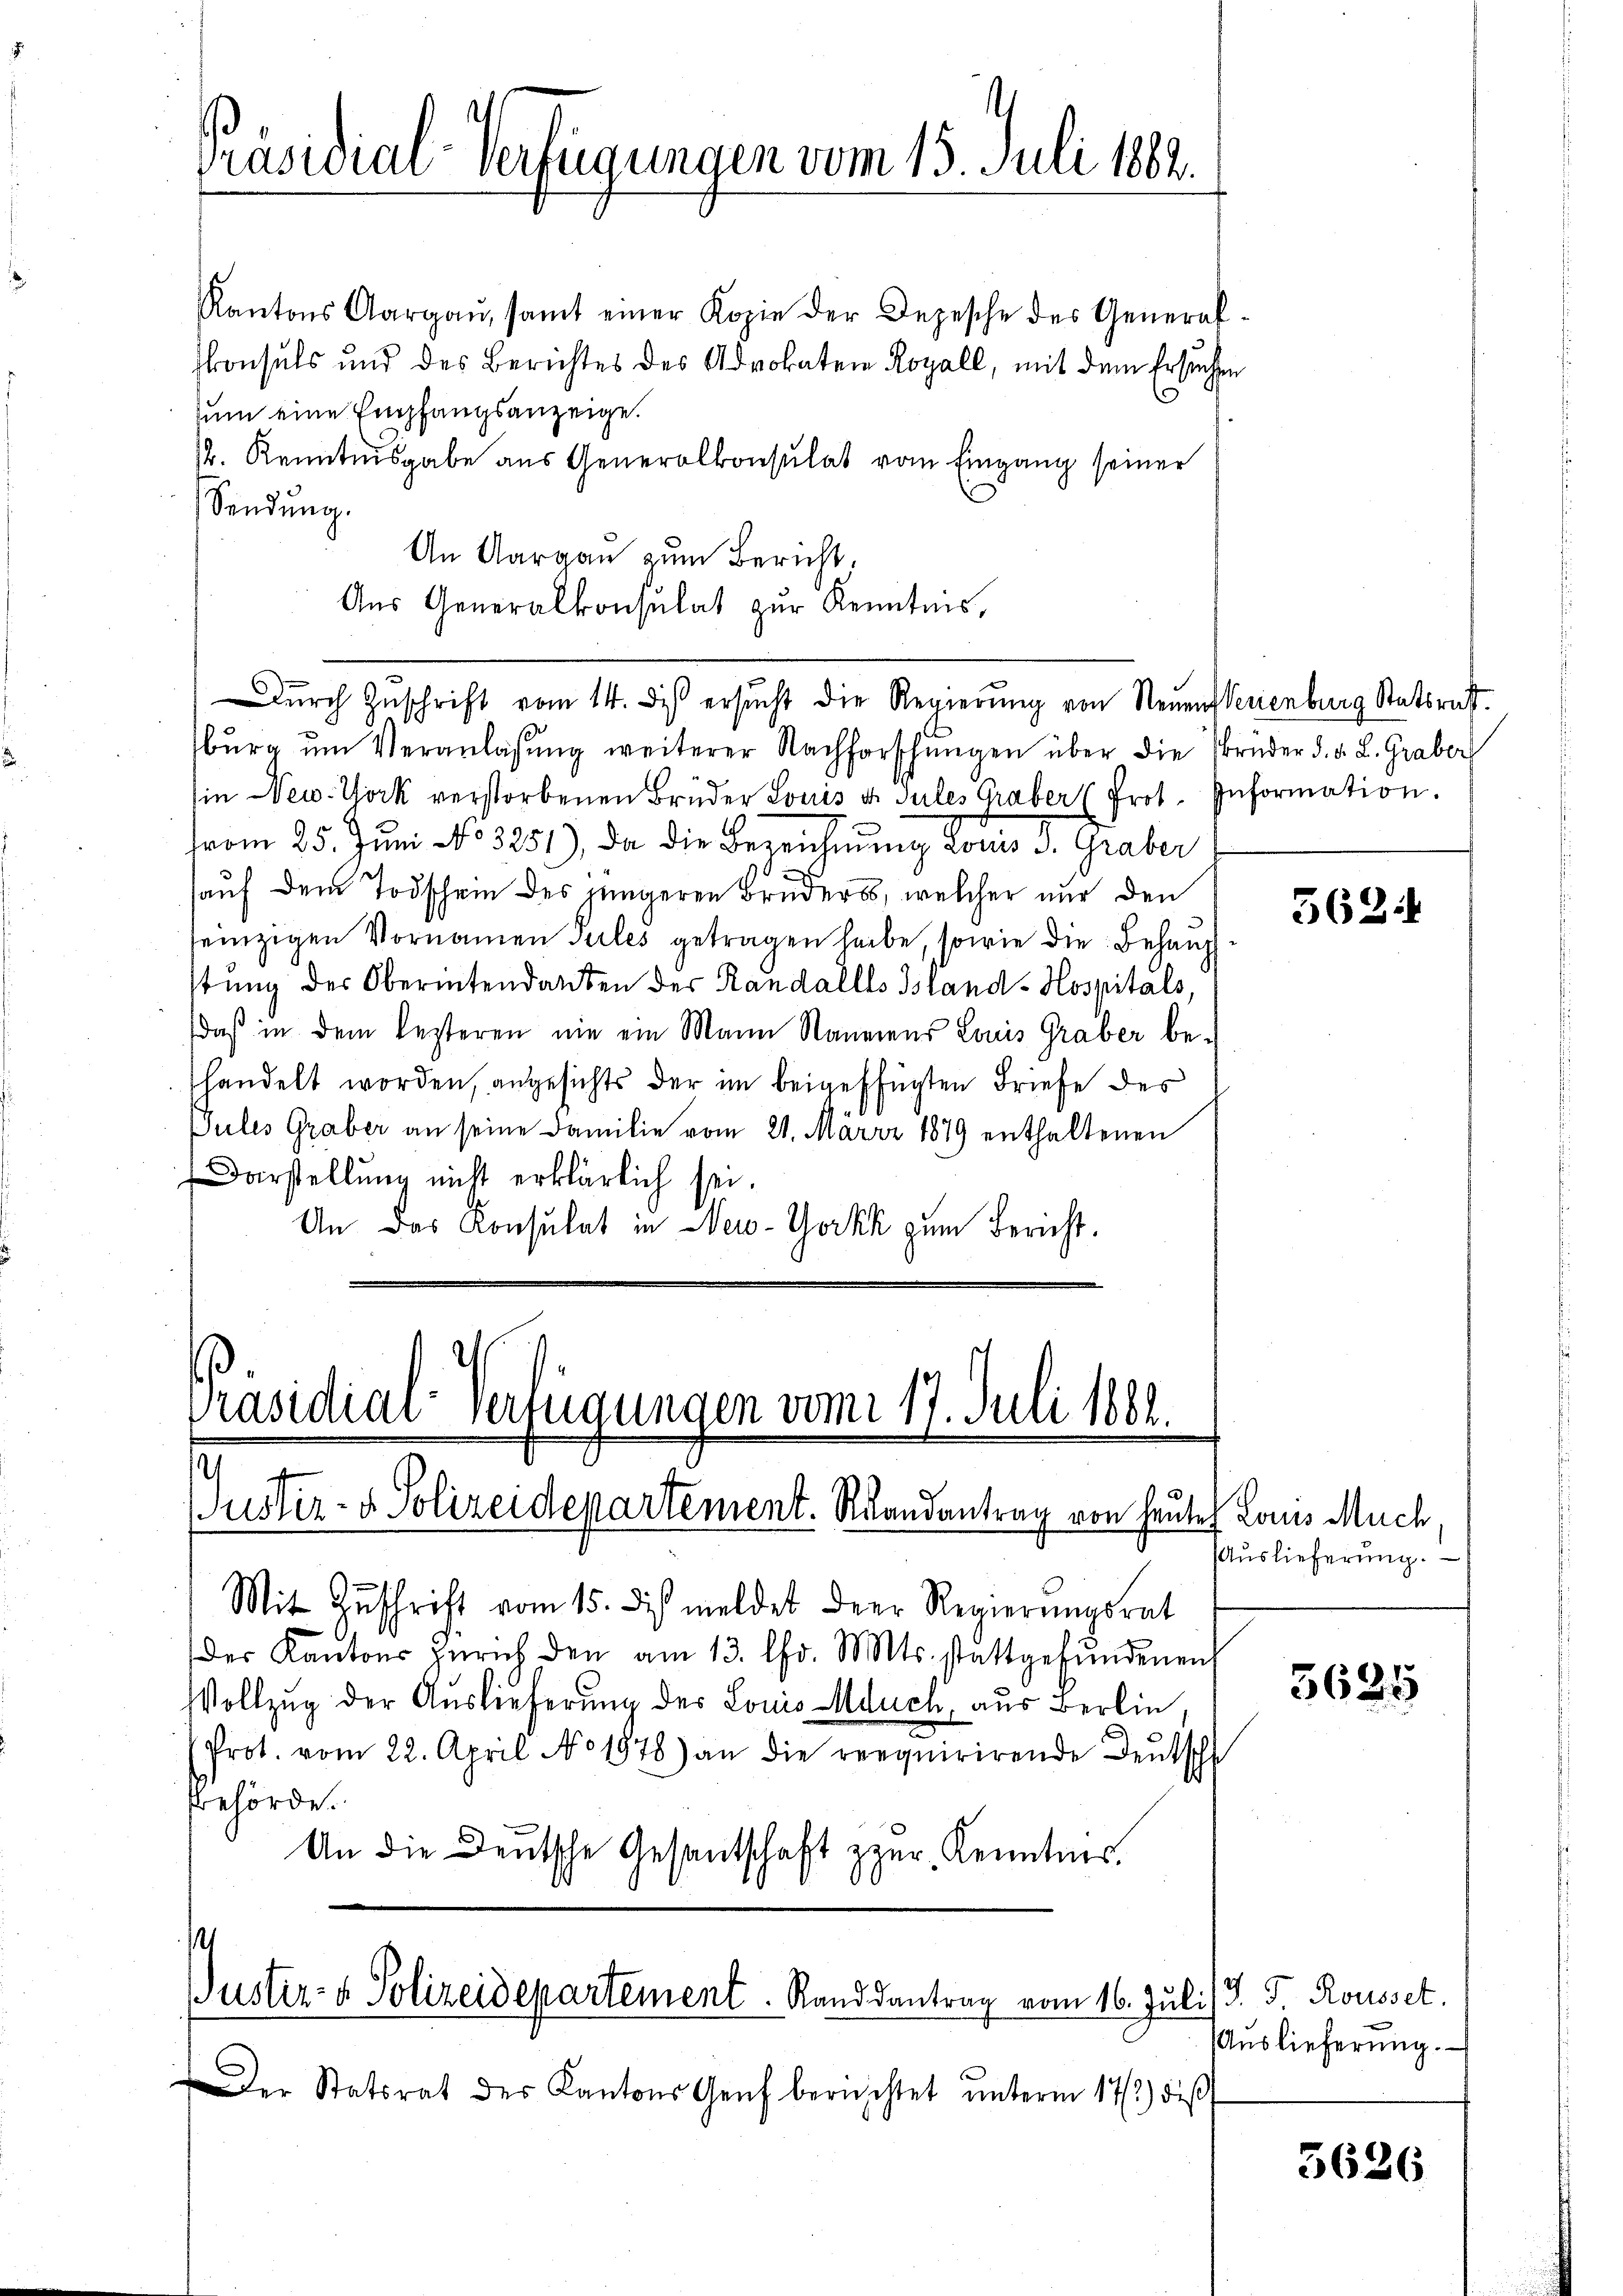
Präsidial-Verfügungen vom 15. Juli 1882.

zum eine Empfangsanzeige.
Sendung.
Aus Generalkonsulat zur Kenntnis,
bŭrg ŭm Veranlassŭng weiterer Nachforschŭngen über die brüder d. d. L. Graber
in New-York verstorbenen Brüder Louis d. Jules Graber (frot. Information.
vom 25. Juni No 3251), da die Bezeichnung Louis d. Graber
auf dem Todschein des jüngeren Bruders, welcher nur den
einzigen Vornamen Tules getragen habe, sowie die Behaupt
stung des Oberintendanten der Randalles Bland-Hospitals,
daß in dem lezteren nie ein Mann Raumens Louis Graber behandelt worden, angesichts der im beigefügten Briefe des
Pules Graber an seine Familie vom 21. März 1879 enthaltenen
Darstellung nicht erklärlich sei.
An das Konsulat in New-Yorkk zum Bericht.

Kantons Aargaŭ, samt einer Kopie der Depesche des General
konsuls und des Berichtes des Advokaten Royall, mit dem Ersuchen
. Kenntnisgabe aus Generalkonsulat vom Eingang seiner
e
An Aargau zum Bericht.

dŭrch Zuschrift vom 14. des ersŭcht die Regierŭng von Neuensterienburg Statsrat.

Präsidial-Verfügungen vom 17. Juli 1881.
Justiz- & Polizeidepartement. Randantrag von heute Laus Mach

Mit Zŭschrift vom 15. dies meldet der Regierŭngsrat
der Kantons Zürich den am 13. Chr. Mts. stattgefŭndenen
Vollzug der Auslieferung der Louis duch, aus Berlin,
(Prot. vom 22. April No 1878) an die requirirende Deutschl
Behörde.
An die Deutsche Gesantschaft zur Kenntnis.

Puster- & Polizeidepartement. Randsantrag vom 16. Juli) J. J. Rousset.

Der Statsrat der Kantons Genf berüchtet ŭnterm 172) dies

562.

Auslieferung.

5625

Auslieferung.

5626